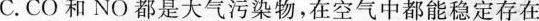
C.CO和NO都是大气污染物，在空气中都能稳定存在